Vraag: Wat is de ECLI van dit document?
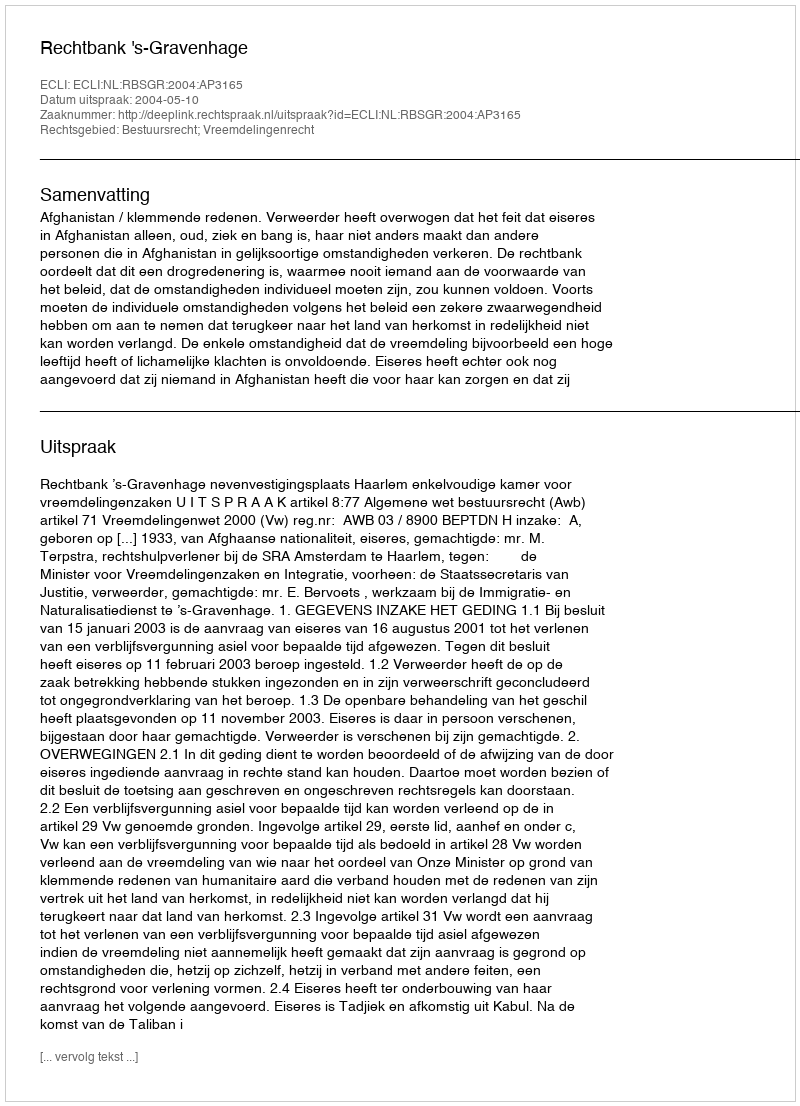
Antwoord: ECLI:NL:RBSGR:2004:AP3165